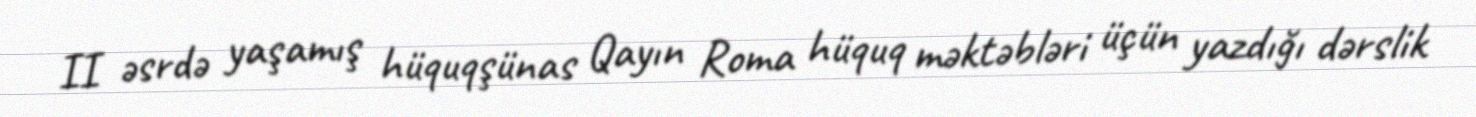
II əsrdə yaşamış hüquqşünas Qayın Roma hüquq məktəbləri üçün yazdığı dərslik